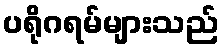
ပရိုဂရမ်များသည်